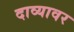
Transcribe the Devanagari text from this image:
दाव्यावर